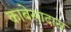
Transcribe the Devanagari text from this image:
काबेसादास